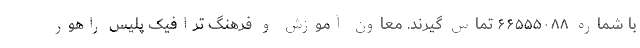
با شماره ۶۶۵۵۵۰۸۸ تماس گیرند. معاون آموزش و فرهنگ ترافیک پلیس راهور